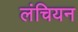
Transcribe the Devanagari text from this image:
लंचियन